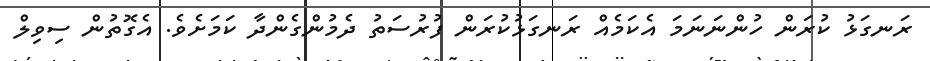
ރަނގަޅު ކުރަން ހުންނަނަމަ އެކަމެއް ރަނގަޅުކުރަން ފުރުސަތު ދެމުންގެންދާ ކަމަށެވެ. އެގޮތުން ސިވިލް